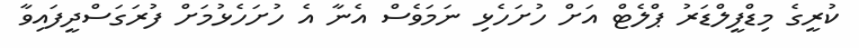
ކުރީގެ މިޑްފީލްޑަރު ޕްލެޓް އަށް ހުށަހެޅި ނަމަވެސް އެނާ އެ ހުށަހެޅުމަށް ފުރަގަސްދީފައިވާ